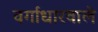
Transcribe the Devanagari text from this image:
वर्गाधारवाले